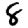
Digit: 8